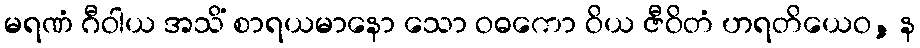
မရဏံ ဂီဝါယ အသိံ စာရယမာနော သော ဝဓကော ဝိယ ဇီဝိတံ ဟရတိယေဝ, န